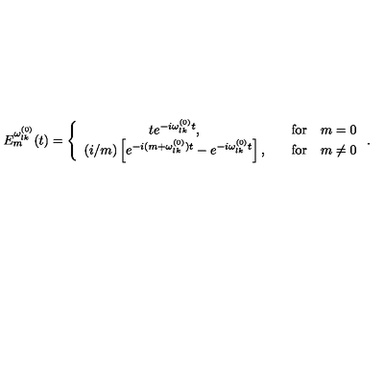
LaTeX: E _ { m } ^ { \omega _ { l k } ^ { ( 0 ) } } ( t ) = \left\{ \begin{array} { c c } { t e ^ { - i \omega _ { l k } ^ { ( 0 ) } t } , } & { \quad \mathrm { f o r } \quad m = 0 } \\ { ( i / m ) \left[ e ^ { - i ( m + \omega _ { l k } ^ { ( 0 ) } ) t } - e ^ { - i \omega _ { l k } ^ { ( 0 ) } t } \right] , } & { \quad \mathrm { f o r } \quad m \neq 0 } \\ \end{array} \right. .